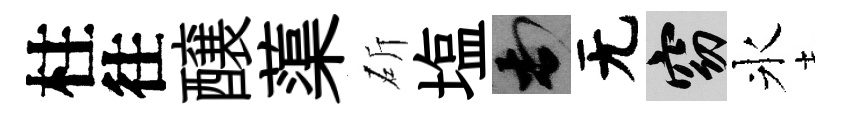
柱往醸蕖斫塩頓无窈氷